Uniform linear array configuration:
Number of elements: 16
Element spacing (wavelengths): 0.25
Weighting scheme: hann
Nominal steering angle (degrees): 15
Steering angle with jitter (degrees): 16.538
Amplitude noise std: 0.05
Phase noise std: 0.05

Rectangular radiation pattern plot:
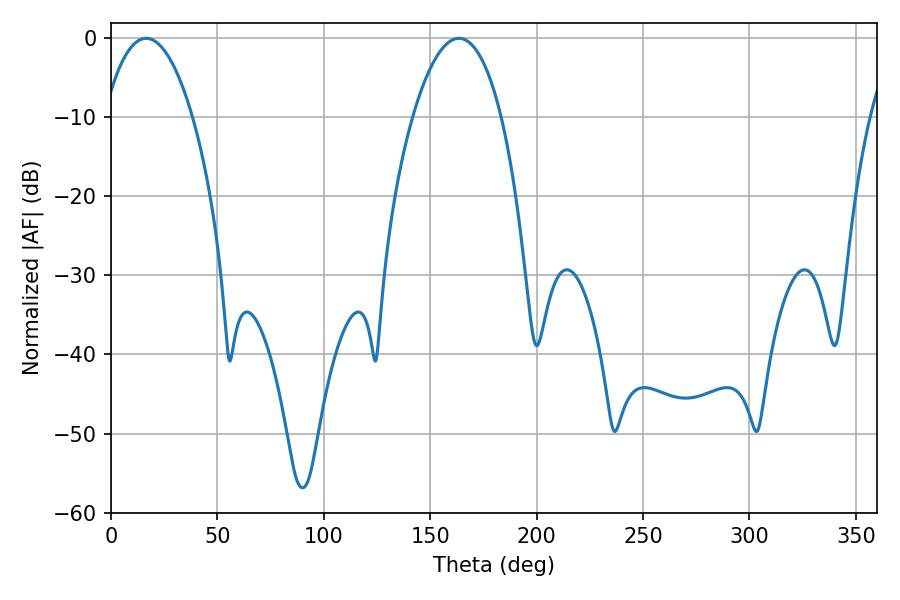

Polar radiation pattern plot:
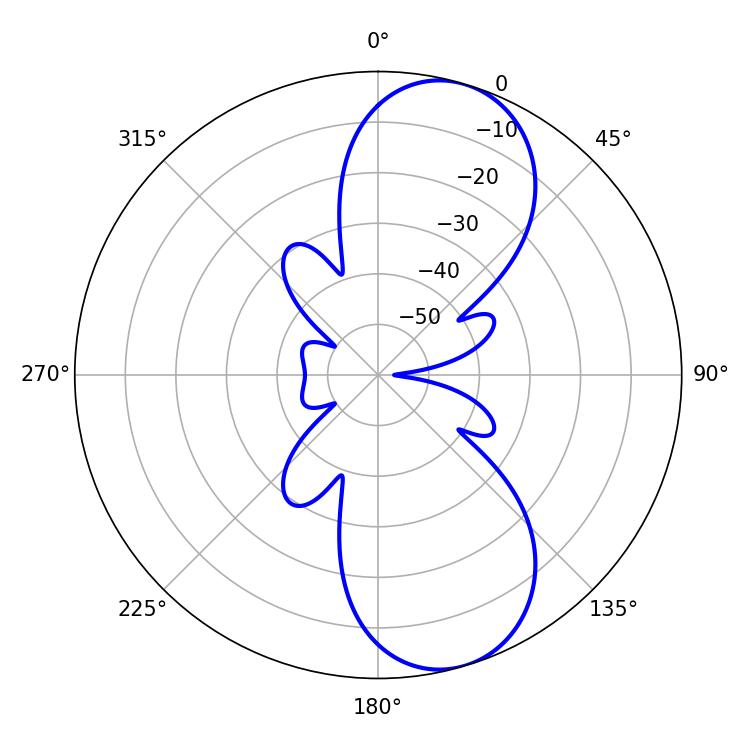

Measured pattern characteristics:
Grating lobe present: FALSE
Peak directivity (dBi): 9.055
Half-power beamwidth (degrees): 23.22
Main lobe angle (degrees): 16.56